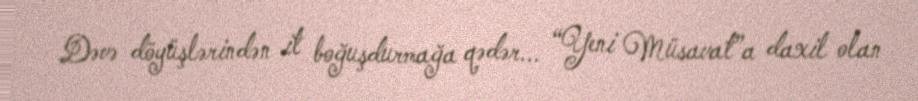
Dəvə döyüşlərindən it boğuşdurmağa qədər... “Yeni Müsavat”a daxil olan